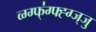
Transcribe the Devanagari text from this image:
व्ग्ग्फ्॑ग्फ्ह्ग्ज्जु